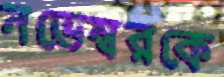
নভেম্বরকে